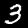
Label: 3